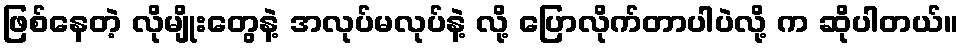
ဖြစ်နေတဲ့ လိုမျိုးတွေနဲ့ အလုပ်မလုပ်နဲ့ လို့ ပြောလိုက်တာပါပဲလို့ က ဆိုပါတယ်။